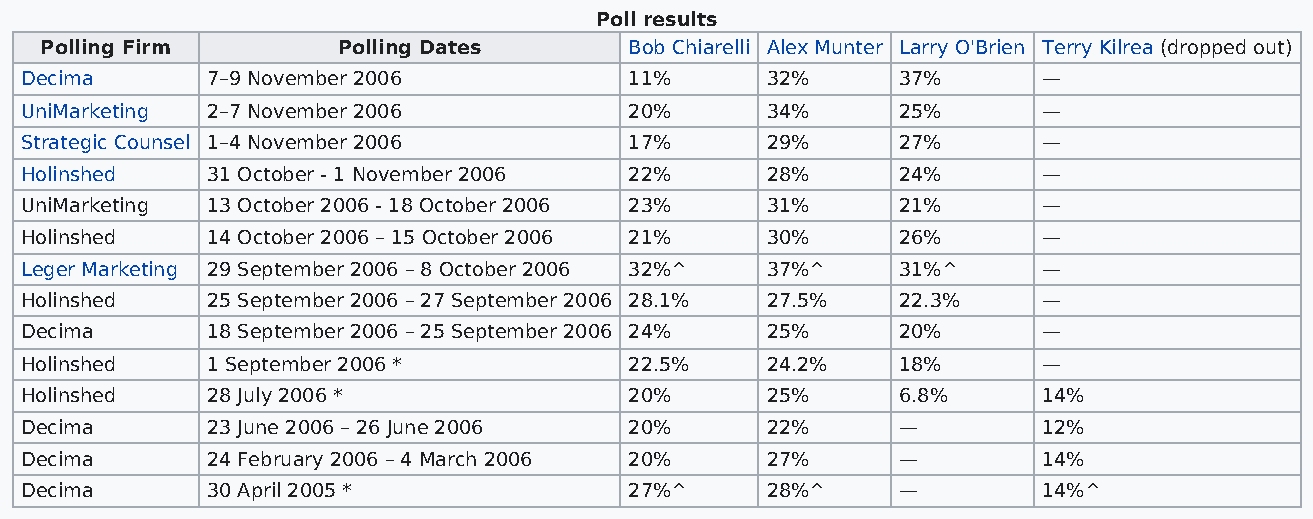
Poll results
 Polling Firm       Polling Dates       Bob Chiarelli Alex Munter Larry O'Brien Terry Kilrea (dropped out)
 Decima       7–9 November 2006           11%      32%     37%       —
 UniMarketing 2–7 November 2006           20%      34%     25%       —
 Strategic Counsel 1–4 November 2006      17%      29%     27%       —
 Holinshed    31 October - 1 November 2006 22%     28%     24%       —
 UniMarketing 13 October 2006 - 18 October 2006 23% 31%    21%       —
 Holinshed    14 October 2006 – 15 October 2006 21% 30%    26%       —
 Leger Marketing 29 September 2006 – 8 October 2006 32%^ 37%^ 31%^   —
 Holinshed    25 September 2006 – 27 September 2006 28.1% 27.5% 22.3% —
 Decima       18 September 2006 – 25 September 2006 24% 25% 20%      —
 Holinshed    1 September 2006 *          22.5%    24.2%   18%       —
 Holinshed    28 July 2006 *              20%      25%     6.8%      14%
 Decima       23 June 2006 – 26 June 2006 20%      22%     —         12%
 Decima       24 February 2006 – 4 March 2006 20%  27%     —         14%
 Decima       30 April 2005 *             27%^     28%^    —         14%^